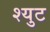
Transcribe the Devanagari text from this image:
श्युट